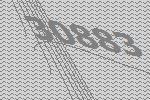
30883